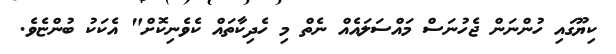
ކިޔޫގައި ހުންނަން ޖެހުނަސް މައްސަލައެއް ނެތް މި ހެދިކާތައް ކެވެނިކޮށް" އެކަކު ބުންޏެވެ.